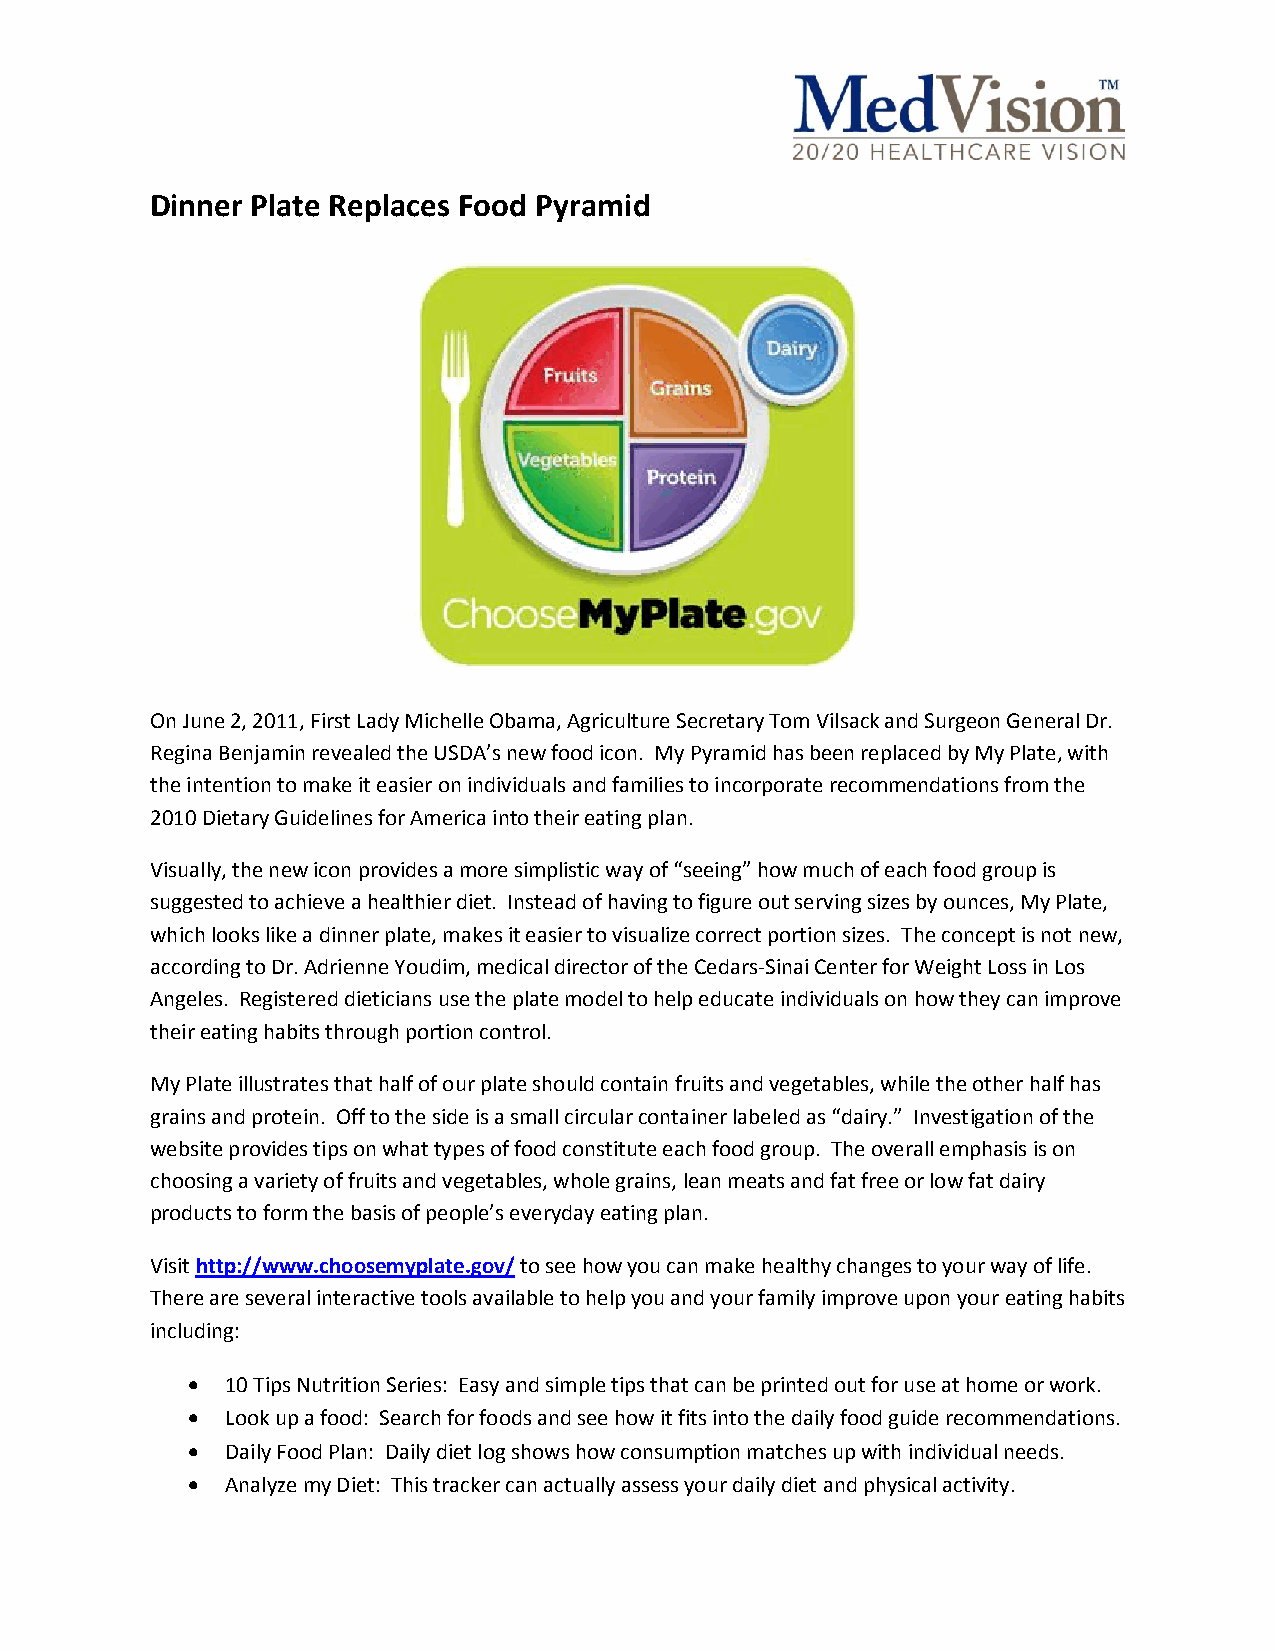
Dinner Plate Replaces Food Pyramid
 On June 2, 2011, First Lady Michelle Obama, Agriculture Secretary Tom Vilsack and Surgeon General Dr.
 Regina Benjamin revealed the USDA’s new food icon. My Pyramid has been replaced by My Plate, with
 the intention to make it easier on individuals and families to incorporate recommendations from the
 2010 Dietary Guidelines for America into their eating plan.
 Visually, the new icon provides a more simplistic way of “seeing” how much of each food group is
 suggested to achieve a healthier diet. Instead of having to figure out serving sizes by ounces, My Plate,
 which looks like a dinner plate, makes it easier to visualize correct portion sizes. The concept is not new,
 according to Dr. Adrienne Youdim, medical director of the Cedars-Sinai Center for Weight Loss in Los
 Angeles. Registered dieticians use the plate model to help educate individuals on how they can improve
 their eating habits through portion control.
 My Plate illustrates that half of our plate should contain fruits and vegetables, while the other half has
 grains and protein. Off to the side is a small circular container labeled as “dairy.” Investigation of the
 website provides tips on what types of food constitute each food group. The overall emphasis is on
 choosing a variety of fruits and vegetables, whole grains, lean meats and fat free or low fat dairy
 products to form the basis of people’s everyday eating plan.
 Visit http://www.choosemyplate.gov/ to see how you can make healthy changes to your way of life.
 There are several interactive tools available to help you and your family improve upon your eating habits
 including:
   10 Tips Nutrition Series: Easy and simple tips that can be printed out for use at home or work.
   Look up a food: Search for foods and see how it fits into the daily food guide recommendations.
   Daily Food Plan: Daily diet log shows how consumption matches up with individual needs.
   Analyze my Diet: This tracker can actually assess your daily diet and physical activity.